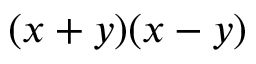
( x + y ) ( x - y )